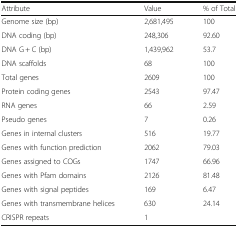
| Attribute | Value | % of Total |
 | --- | --- | --- |
 | Genome size (bp) | 2,681,495 | 100 |
 | DNA coding (bp) | 248,306 | 92.60 |
 | DNA G + C (bp) | 1,439,962 | 53.7 |
 | DNA scaffolds | 68 | 100 |
 | Total genes | 2609 | 100 |
 | Protein coding genes | 2543 | 97.47 |
 | RNA genes | 66 | 2.59 |
 | Pseudo genes | 7 | 0.26 |
 | Genes in internal clusters | 516 | 19.77 |
 | Genes with function prediction | 2062 | 79.03 |
 | Genes assigned to COGs | 1747 | 66.96 |
 | Genes with Pfam domains | 2126 | 81.48 |
 | Genes with signal peptides | 169 | 6.47 |
 | Genes with transmembrane helices | 630 | 24.14 |
 | CRISPR repeats | 1 |  |